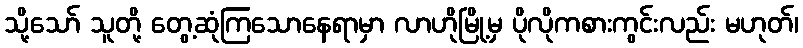
သို့သော် သူတို့ တွေ့ဆုံကြသောနေရာမှာ လာဟိုမြို့မှ ပိုလိုကစားကွင်းလည်း မဟုတ်၊